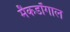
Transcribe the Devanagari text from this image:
मैकडॉगाल